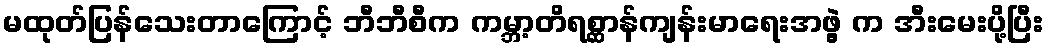
မထုတ်ပြန်သေးတာကြောင့် ဘီဘီစီက ကမ္ဘာ့တိရစ္ဆာန်ကျန်းမာရေးအဖွဲ့ က အီးမေးပို့ပြီး